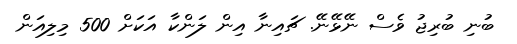
ބުނި ބުރިޖު ވެސް ނޭޅޭނޭ. ޗައިނާ އިން ލަންކާ އަކަށް 500 މިލިއަން